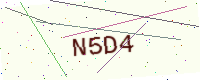
Text: N5D4